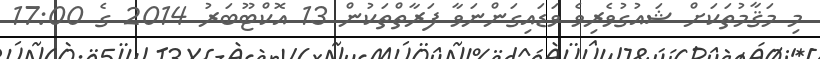
މި މަޤާމުތަކަށް ޝައުގުވެރިވެ ވަޑައިގަންނަވާ ފަރާތްތަކުން 13 އޮކްޓޫބަރު 2014 ގެ 17:00